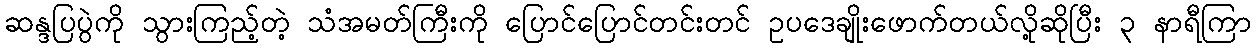
ဆန္ဒပြပွဲကို သွားကြည့်တဲ့ သံအမတ်ကြီးကို ပြောင်ပြောင်တင်းတင် ဥပဒေချိုးဖောက်တယ်လို့ဆိုပြီး ၃ နာရီကြာ